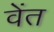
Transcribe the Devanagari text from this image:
वेंत